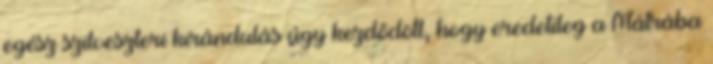
egész szilveszteri kirándulás úgy kezdődött, hogy eredetileg a Mátrába